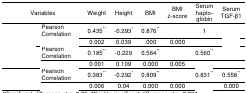
<table><thead><tr><td colspan="2"><b>Variables</b></td><td><b>Weight</b></td><td><b>Height</b></td><td><b>BMI</b></td><td><b>BMI z-score</b></td><td><b>Serum hapto-globin</b></td><td><b>Serum TGF-β1</b></td></tr></thead><tbody><tr><td rowspan="3">[EMPTY_CELL]</td><td>Pearson Correlation</td><td>0.435**</td><td>-0.293*</td><td>0.876**</td><td>[EMPTY_CELL]</td><td>1</td><td>[EMPTY_CELL]</td></tr><tr><td>[EMPTY_CELL]</td><td>0.002</td><td>0.039</td><td>.000</td><td>0.000</td><td>[EMPTY_CELL]</td><td>[EMPTY_CELL]</td></tr><tr><td rowspan="3">[EMPTY_CELL]</td><td>Pearson Correlation</td><td>0.185**</td><td>-0.229</td><td>0.564**</td><td>[EMPTY_CELL]</td><td>0.560**</td><td>[EMPTY_CELL]</td></tr><tr><td>[EMPTY_CELL]</td><td>0.001</td><td>0.109</td><td>0.000</td><td>0.005</td><td>[EMPTY_CELL]</td><td>[EMPTY_CELL]</td></tr><tr><td rowspan="3">[EMPTY_CELL]</td><td>Pearson Correlation</td><td>0.383**</td><td>-0.292*</td><td>0.809**</td><td>[EMPTY_CELL]</td><td>0.831**</td><td>0.558**</td></tr><tr><td>[EMPTY_CELL]</td><td>0.006</td><td>0.04</td><td>0.000</td><td>0.000</td><td>[EMPTY_CELL]</td><td>0.000</td></tr></tbody></table>